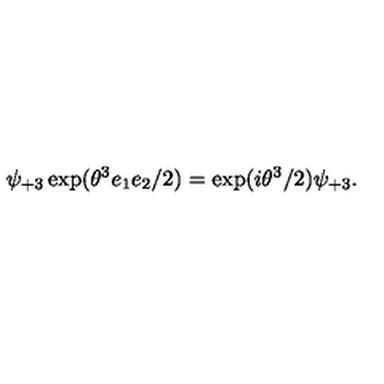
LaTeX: \psi _ { + 3 } \exp ( \theta ^ { 3 } e _ { 1 } e _ { 2 } / 2 ) = \exp ( i \theta ^ { 3 } / 2 ) \psi _ { + 3 } .